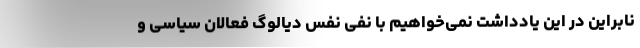
نابراین در این یادداشت نمی‌خواهیم با نفی نفس دیالوگ فعالان سیاسی و